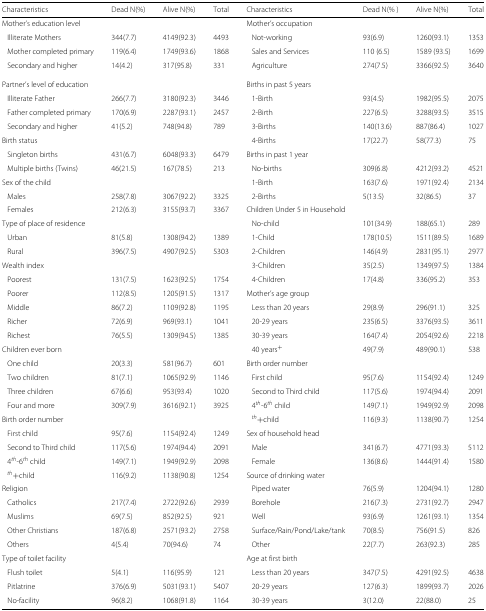
<table><thead><tr><td><b>Characteristics</b></td><td><b>Dead N(%)</b></td><td><b>Alive N(%)</b></td><td><b>Total</b></td><td><b>Characteristics</b></td><td><b>Dead N(%)</b></td><td><b>Alive N(%)</b></td><td><b>Total</b></td></tr></thead><tbody><tr><td>Mother’s education level</td><td></td><td></td><td></td><td>Mother’s occupation</td><td></td><td></td><td></td></tr><tr><td>Illiterate Mothers</td><td>344(7.7)</td><td>4149(92.3)</td><td>4493</td><td>Not-working</td><td>93(6.9)</td><td>1260(93.1)</td><td>1353</td></tr><tr><td>Mother completed primary</td><td>119(6.4)</td><td>1749(93.6)</td><td>1868</td><td>Sales and Services</td><td>110 (6.5)</td><td>1589 (93.5)</td><td>1699</td></tr><tr><td>Secondary and higher</td><td>14(4.2)</td><td>317(95.8)</td><td>331</td><td>Agriculture</td><td>274(7.5)</td><td>3366(92.5)</td><td>3640</td></tr><tr><td>Partner’s level of education</td><td></td><td></td><td></td><td>Births in past 5 years</td><td></td><td></td><td></td></tr><tr><td>Illiterate Father</td><td>266(7.7)</td><td>3180(92.3)</td><td>3446</td><td>1-Birth</td><td>93(4.5)</td><td>1982(95.5)</td><td>2075</td></tr><tr><td>Father completed primary</td><td>170(6.9)</td><td>2287(93.1)</td><td>2457</td><td>2-Birth</td><td>227(6.5)</td><td>3288(93.5)</td><td>3515</td></tr><tr><td>Secondary and higher</td><td>41(5.2)</td><td>748(94.8)</td><td>789</td><td>3-Births</td><td>140(13.6)</td><td>887(86.4)</td><td>1027</td></tr><tr><td>Birth status</td><td></td><td></td><td></td><td>4-Births</td><td>17(22.7)</td><td>58(77.3)</td><td>75</td></tr><tr><td>Singleton births</td><td>431(6.7)</td><td>6048(93.3)</td><td>6479</td><td>Births in past 1 year</td><td></td><td></td><td></td></tr><tr><td>Multiple births (Twins)</td><td>46(21.5)</td><td>167(78.5)</td><td>213</td><td>No-births</td><td>309(6.8)</td><td>4212(93.2)</td><td>4521</td></tr><tr><td>Sex of the child</td><td></td><td></td><td></td><td>1-Birth</td><td>163(7.6)</td><td>1971(92.4)</td><td>2134</td></tr><tr><td>Males</td><td>258(7.8)</td><td>3067(92.2)</td><td>3325</td><td>2-Births</td><td>5(13.5)</td><td>32(86.5)</td><td>37</td></tr><tr><td>Females</td><td>212(6.3)</td><td>3155(93.7)</td><td>3367</td><td>Children Under 5 in Household</td><td></td><td></td><td></td></tr><tr><td>Type of place of residence</td><td></td><td></td><td></td><td>No-child</td><td>101(34.9)</td><td>188(65.1)</td><td>289</td></tr><tr><td>Urban</td><td>81(5.8)</td><td>1308(94.2)</td><td>1389</td><td>1-Child</td><td>178(10.5)</td><td>1511(89.5)</td><td>1689</td></tr><tr><td>Rural</td><td>396(7.5)</td><td>4907(92.5)</td><td>5303</td><td>2-Children</td><td>146(4.9)</td><td>2831(95.1)</td><td>2977</td></tr><tr><td>Wealth index</td><td></td><td></td><td></td><td>3-Children</td><td>35(2.5)</td><td>1349(97.5)</td><td>1384</td></tr><tr><td>Poorest</td><td>131(7.5)</td><td>1623(92.5)</td><td>1754</td><td>4-Children</td><td>17(4.8)</td><td>336(95.2)</td><td>353</td></tr><tr><td>Poorer</td><td>112(8.5)</td><td>1205(91.5)</td><td>1317</td><td>Mother’s age group</td><td></td><td></td><td></td></tr><tr><td>Middle</td><td>86(7.2)</td><td>1109(92.8)</td><td>1195</td><td>Less than 20 years</td><td>29(8.9)</td><td>296(91.1)</td><td>325</td></tr><tr><td>Richer</td><td>72(6.9)</td><td>969(93.1)</td><td>1041</td><td>20-29 years</td><td>235(6.5)</td><td>3376(93.5)</td><td>3611</td></tr><tr><td>Richest</td><td>76(5.5)</td><td>1309(94.5)</td><td>1385</td><td>30-39 years</td><td>164(7.4)</td><td>2054(92.6)</td><td>2218</td></tr><tr><td>Children ever born</td><td></td><td></td><td></td><td>40 years <sup>+</sup></td><td>49(7.9)</td><td>489(90.1)</td><td>538</td></tr><tr><td>One child</td><td>20(3.3)</td><td>581(96.7)</td><td>601</td><td>Birth order number</td><td></td><td></td><td></td></tr><tr><td>Two children</td><td>81(7.1)</td><td>1065(92.9)</td><td>1146</td><td>First child</td><td>95(7.6)</td><td>1154(92.4)</td><td>1249</td></tr><tr><td>Three children</td><td>67(6.6)</td><td>953(93.4)</td><td>1020</td><td>Second to Third child</td><td>117(5.6)</td><td>1974(94.4)</td><td>2091</td></tr><tr><td>Four and more</td><td>309(7.9)</td><td>3616(92.1)</td><td>3925</td><td>4<sup><i>th</i></sup>-6<sup><i>th</i></sup> child</td><td>149(7.1)</td><td>1949(92.9)</td><td>2098</td></tr><tr><td>Birth order number</td><td></td><td></td><td></td><td><sup><i>t</i><i>h</i></sup>+child</td><td>116(9.3)</td><td>1138(90.7)</td><td>1254</td></tr><tr><td>First child</td><td>95(7.6)</td><td>1154(92.4)</td><td>1249</td><td>Sex of household head</td><td></td><td></td><td></td></tr><tr><td>Second to Third child</td><td>117(5.6)</td><td>1974(94.4)</td><td>2091</td><td>Male</td><td>341(6.7)</td><td>4771(93.3)</td><td>5112</td></tr><tr><td>4<sup><i>th</i></sup>-6<sup><i>th</i></sup> child</td><td>149(7.1)</td><td>1949(92.9)</td><td>2098</td><td>Female</td><td>136(8.6)</td><td>1444(91.4)</td><td>1580</td></tr><tr><td><sup><i>t</i><i>h</i></sup>+child</td><td>116(9.2)</td><td>1138(90.8)</td><td>1254</td><td>Source of drinking water</td><td></td><td></td><td></td></tr><tr><td>Religion</td><td></td><td></td><td></td><td>Piped water</td><td>76(5.9)</td><td>1204(94.1)</td><td>1280</td></tr><tr><td>Catholics</td><td>217(7.4)</td><td>2722(92.6)</td><td>2939</td><td>Borehole</td><td>216(7.3)</td><td>2731(92.7)</td><td>2947</td></tr><tr><td>Muslims</td><td>69(7.5)</td><td>852(92.5)</td><td>921</td><td>Well</td><td>93(6.9)</td><td>1261(93.1)</td><td>1354</td></tr><tr><td>Other Christians</td><td>187(6.8)</td><td>2571(93.2)</td><td>2758</td><td>Surface/Rain/Pond/Lake/tank</td><td>70(8.5)</td><td>756(91.5)</td><td>826</td></tr><tr><td>Others</td><td>4(5.4)</td><td>70(94.6)</td><td>74</td><td>Other</td><td>22(7.7)</td><td>263(92.3)</td><td>285</td></tr><tr><td>Type of toilet facility</td><td></td><td></td><td></td><td>Age at first birth</td><td></td><td></td><td></td></tr><tr><td>Flush toilet</td><td>5(4.1)</td><td>116(95.9)</td><td>121</td><td>Less than 20 years</td><td>347(7.5)</td><td>4291(92.5)</td><td>4638</td></tr><tr><td>Pitlatrine</td><td>376(6.9)</td><td>5031(93.1)</td><td>5407</td><td>20-29 years</td><td>127(6.3)</td><td>1899(93.7)</td><td>2026</td></tr><tr><td>No-facility</td><td>96(8.2)</td><td>1068(91.8)</td><td>1164</td><td>30-39 years</td><td>3(12.0)</td><td>22(88.0)</td><td>25</td></tr></tbody></table>